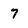
Character: 7